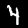
Digit: 4